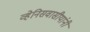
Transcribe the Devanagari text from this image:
व्हेनिसवासीयांनी